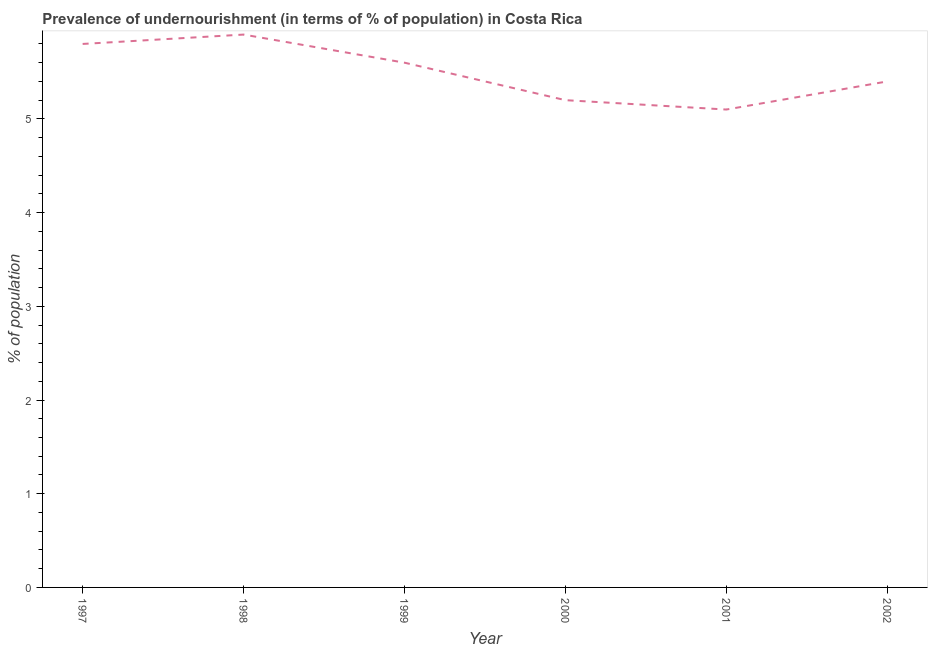
| Year | Prevalence of undernourishment |
 | --- | --- |
 | 1997 | 5.8 |
 | 1998 | 5.9 |
 | 1999 | 5.6 |
 | 2000 | 5.2 |
 | 2001 | 5.1 |
 | 2002 | 5.4 |